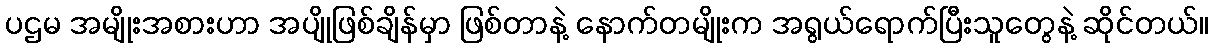
ပဌမ အမျိုးအစားဟာ အပျိုဖြစ်ချိန်မှာ ဖြစ်တာနဲ့ နောက်တမျိုးက အရွယ်ရောက်ပြီးသူတွေနဲ့ ဆိုင်တယ်။